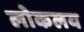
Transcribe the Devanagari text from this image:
लोकलय